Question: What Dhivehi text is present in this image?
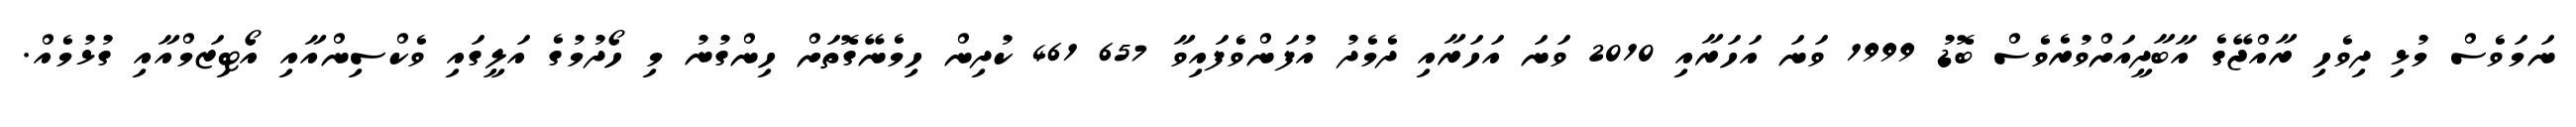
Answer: ނަމަވެސް މުޅި ދިވެހި ރާއްޖޭގެ އާބާދީއަށްވުރެވެސް ބޮޑު 1999 ވަނަ އަހަރާއި 2010 ވަނަ އަހަރާއި ދެމެދު އުފަންވެފައިވާ 657 461 ކުދިން ހިމެނޭގޮތަށް ހިންގުނު މި ހޯދުމުގެ އަލީގައި ވެކްސިންއާއި އޯޓިޒަމްއާއި ގުޅުމެއް.